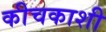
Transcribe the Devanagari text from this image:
कीचकाशी